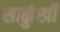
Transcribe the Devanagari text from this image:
साळुंखी